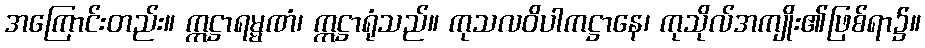
အကြောင်းတည်း။ ဣဋ္ဌာရမ္မဏံ၊ ဣဋ္ဌာရုံသည်။ ကုသလဝိပါကဋ္ဌာနေ၊ ကုသိုလ်အကျိုး၏ဖြစ်ရာ၌။